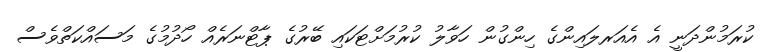
ކުރަމުންދަނީ އެ އެއަރލައިންގެ ހިންގުން ހަވާލު ކުރުމަށްޓަކައި ބޭރުގެ ޕާޓްނަރެއް ހޯދުމުގެ މަސައްކަތްވެސް